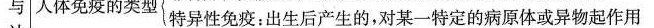
与人体免疫的类型特异性免疫：出生后产生的，对某一特定的病原体或异物起作用